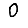
Digit: 0